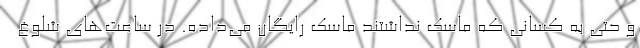
و حتی به کسانی که ماسک نداشتند ماسک رایگان می‌داده. در ساعت‌های شلوغ